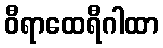
ဝီရာထေရီဂါထာ